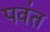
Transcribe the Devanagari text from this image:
पव॑त